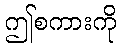
ဤစကားကို